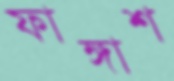
ফাঙ্গাশ